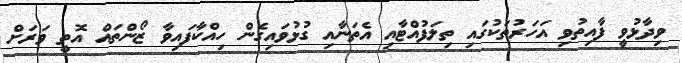
ވިދާޅުވީ ފާއިތުވި އަހަރުތަކުގައި ތިލަފުއްޓާއި އެތަނާއި ގުޅުވައިގެން ހިއްކާފައިވާ ޒޯންތައް އޮތީ ވަރަށް